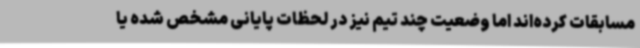
مسابقات کرده‌اند اما وضعیت چند تیم نیز در لحظات پایانی مشخص شده یا